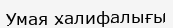
Умая халифалығы